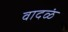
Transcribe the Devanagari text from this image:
वादळं